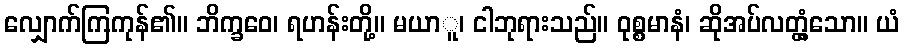
လျှောက်ကြကုန်၏။ ဘိက္ခဝေ၊ ရဟန်းတို့။ မယာူ၊ ငါဘုရားသည်။ ဝုစ္စမာနံ၊ ဆိုအပ်လတ္တံ့သော။ ယံ